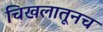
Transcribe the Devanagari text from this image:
चिखलातूनच